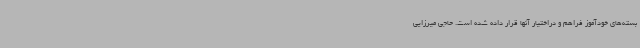
بسته‌های خودآموز فراهم و دراختیار آنها قرار داده شده است. حاجی میرزایی